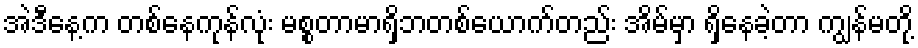
အဲဒီနေ့က တစ်နေကုန်လုံး မစ္စတာမာရှိဘတစ်ယောက်တည်း အိမ်မှာ ရှိနေခဲ့တာ ကျွန်မတို့